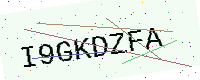
Text: I9GKDZFA